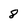
Character: 8